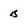
Character: B